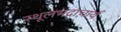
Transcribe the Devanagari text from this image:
स्थूलभद्राचार्य